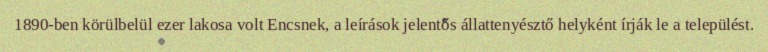
1890-ben körülbelül ezer lakosa volt Encsnek, a leírások jelentős állattenyésztő helyként írják le a települést.